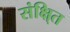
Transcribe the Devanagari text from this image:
संक्षि्त